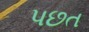
પછત